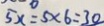
5 x = 5 \times 6 = 3 0